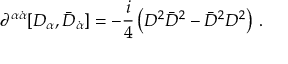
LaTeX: \partial ^ { \alpha \dot { \alpha } } [ D _ { \alpha } , \bar { D } _ { \dot { \alpha } } ] = - \frac { i } { 4 } \left( D ^ { 2 } \bar { D } ^ { 2 } - \bar { D } ^ { 2 } D ^ { 2 } \right) \, .